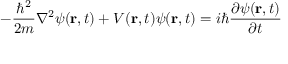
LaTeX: - { \frac { \hbar ^ { 2 } } { 2 m } } \nabla ^ { 2 } \psi ( \mathbf { r } , t ) + V ( \mathbf { r } , t ) \psi ( \mathbf { r } , t ) = i \hbar { \frac { \partial \psi ( \mathbf { r } , t ) } { \partial t } }